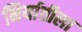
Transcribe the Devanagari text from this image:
निर्यातीला